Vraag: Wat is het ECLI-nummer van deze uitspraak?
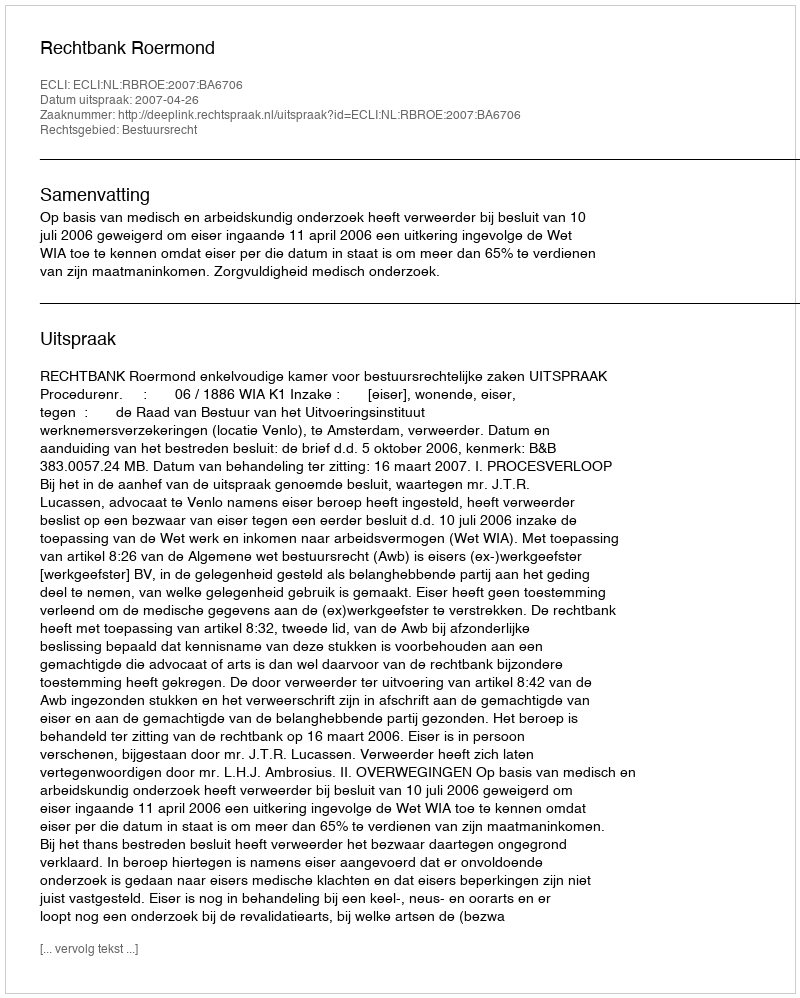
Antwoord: ECLI:NL:RBROE:2007:BA6706